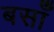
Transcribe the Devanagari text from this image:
बसाँ